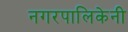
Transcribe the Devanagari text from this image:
नगरपालिकेनी